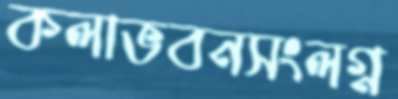
কলাভবনসংলগ্ন